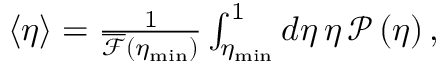
\begin{array} { r } { \left\langle \eta \right\rangle = \frac { 1 } { \overline { { \mathcal { F } } } ( \eta _ { \mathrm { m i n } } ) } \int _ { \eta _ { \mathrm { m i n } } } ^ { 1 } d \eta \, \eta \, \mathcal { P } \left( \eta \right) , } \end{array}